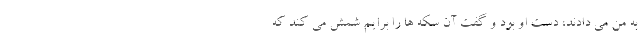
به من می دادند، دست او بود و گفت آن سکه ها را برایم شمش می کند که